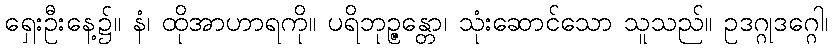
ရှေးဦးနေ့၌။ နံ၊ ထိုအာဟာရကို။ ပရိဘုဉ္ဇန္တော၊ သုံးဆောင်သော သူသည်။ ဥဒဂ္ဂုဒဂ္ဂေါ၊